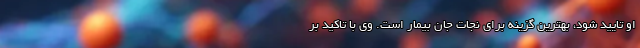
او تایید شود، بهترین گزینه برای نجات جان بیمار است. وی با تاکید بر